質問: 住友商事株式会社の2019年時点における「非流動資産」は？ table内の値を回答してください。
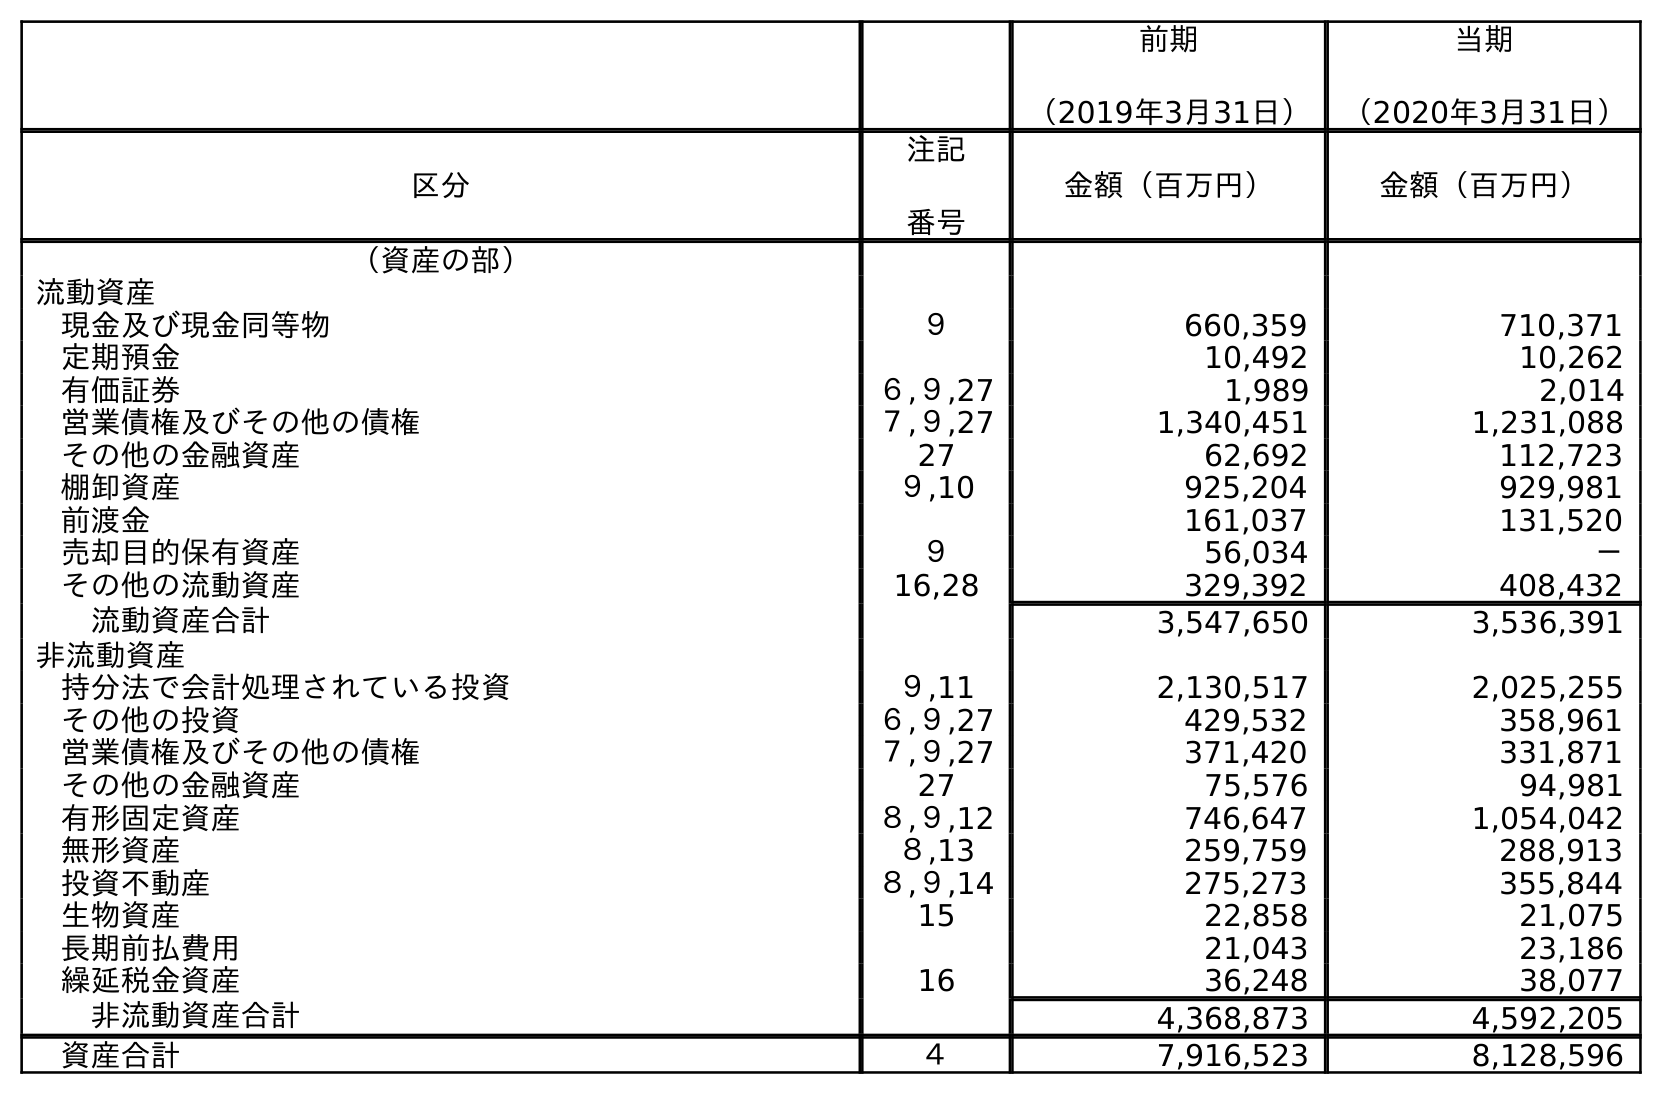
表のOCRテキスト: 前期 （2019年3月31日） 当期 （2020年3月31日） 区分 注記 番号 金額（百万円） 金額（百万円） （資産の部） 流動資産 現金及び現金同等物 ９ 660,359 710,371 定期預金 10,492 10,262 有価証券 ６,９,27 1,989 2,014 営業債権及びその他の債権 ７,９,27 1,340,451 1,231,088 その他の金融資産 27 62,692 112,723 棚卸資産 ９,10 925,204 929,981 前渡金 161,037 131,520 売却目的保有資産 ９ 56,034 － その他の流動資産 16,28 329,392 408,432 流動資産合計 3,547,650 3,536,391 非流動資産 持分法で会計処理されている投資 ９,11 2,130,517 2,025,255 その他の投資 ６,９,27 429,532 358,961 営業債権及びその他の債権 ７,９,27 371,420 331,871 その他の金融資産 27 75,576 94,981 有形固定資産 ８,９,12 746,647 1,054,042 無形資産 ８,13 259,759 288,913 投資不動産 ８,９,14 275,273 355,844 生物資産 15 22,858 21,075 長期前払費用 21,043 23,186 繰延税金資産 16 36,248 38,077 非流動資産合計 4,368,873 4,592,205 資産合計 ４ 7,916,523 8,128,596
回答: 4,368,873